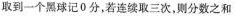
，取到一个黑球记0分，若连续取三次，则分数之和